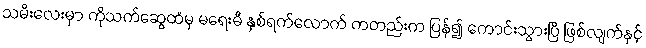
သမီးလေးမှာ ကိုသက်ဆွေထံမှ မရေးမီ နှစ်ရက်လောက် ကတည်းက ပြန်၍ ကောင်းသွားပြီ ဖြစ်လျက်နှင့်